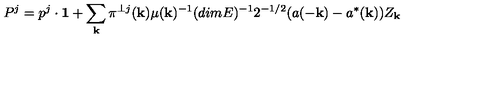
P ^ { j } = p ^ { j } \cdot { \bf 1 } + \sum _ { \bf k } \pi ^ { \perp j } ( { \bf k } ) \mu ( { \bf k } ) ^ { - 1 } ( d i m E ) ^ { - 1 } 2 ^ { - 1 / 2 } ( a ( - { \bf k } ) - a ^ { * } ( { \bf k } ) ) Z _ { \bf k }